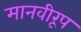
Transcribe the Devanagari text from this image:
मानवीरूप